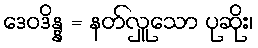
ဒေဝဒိန္န = နတ်လှူသော ပုဆိုး၊